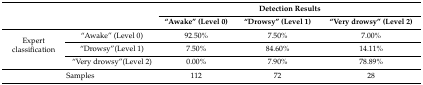
<table><thead><tr><td colspan="2" rowspan="2">[EMPTY_CELL]</td><td colspan="3"><b>Detection Results</b></td></tr><tr><td><b>“Awake” (Level 0)</b></td><td><b>“Drowsy” (Level 1)</b></td><td><b>“Very drowsy” (Level 2)</b></td></tr></thead><tbody><tr><td rowspan="3">Expert classification</td><td>“Awake” (Level 0)</td><td>92.50%</td><td>7.50%</td><td>7.00%</td></tr><tr><td>“Drowsy”(Level 1)</td><td>7.50%</td><td>84.60%</td><td>14.11%</td></tr><tr><td>“Very drowsy”(Level 2)</td><td>0.00%</td><td>7.90%</td><td>78.89%</td></tr><tr><td colspan="2">Samples</td><td>112</td><td>72</td><td>28</td></tr></tbody></table>